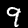
Digit: 9